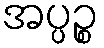
အပ္ပဉ္စ